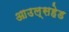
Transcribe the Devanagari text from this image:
आउल्सहेड